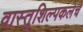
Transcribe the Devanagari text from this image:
वास्तुशिल्पकलेचे